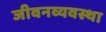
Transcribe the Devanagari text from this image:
जीवनव्यवस्था